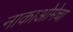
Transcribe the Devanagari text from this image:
नाकाओमेचा